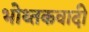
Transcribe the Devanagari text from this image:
भोथ्तकवादी